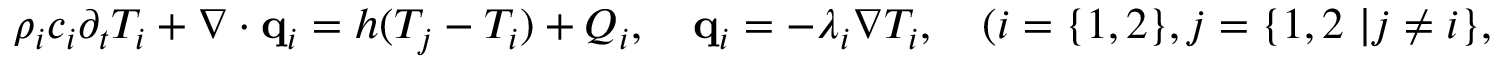
\begin{array} { r } { \rho _ { i } c _ { i } \partial _ { t } T _ { i } + \nabla \cdot \mathbf q _ { i } = h ( T _ { j } - T _ { i } ) + Q _ { i } , \quad \mathbf q _ { i } = - \lambda _ { i } \nabla T _ { i } , \quad ( i = \{ 1 , 2 \} , j = \{ 1 , 2 \ | j \neq i \} , } \end{array}